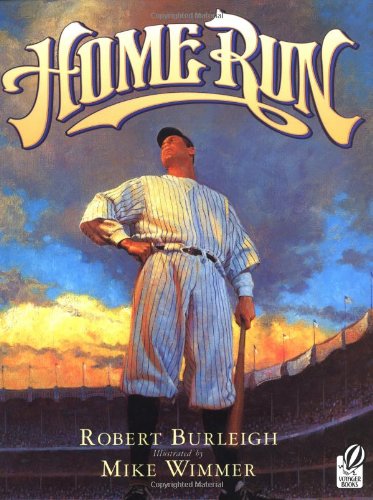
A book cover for Home Run: The Story of Babe Ruth; Robert Burleigh; Children's Books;